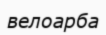
велоарба